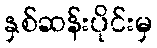
နှစ်ဆန်းပိုင်းမှ